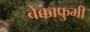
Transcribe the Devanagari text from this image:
बेक्काफुमी